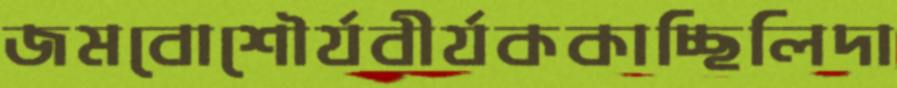
জমবোশৌর্যবীর্যককাচ্ছিলিদা